Report on lock hospitals in British Burma
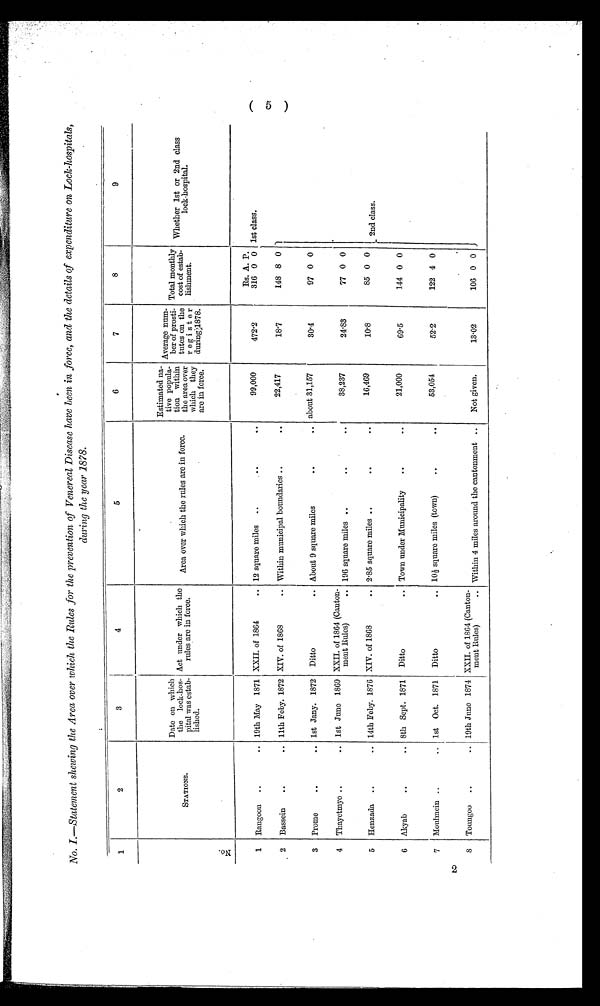
No. I.—Statement shewing the Area over which the Rules for the prevention of Venereal Disease have been in force, and the details of expenditure on Lock-hospitals,
during the year 1878.
1
2
3
4
5
6
7
8
9
No.
STATIONS.
Date on which
the lock-hos-
pital was estab-
lished.
Act under which the
rules are in force.
Area over which the rules are in force.
Estimated na-
tive popula-
tion within
the area over
which they
are in force.
Average num-
ber of prosti-
tutes on the
regi ster
during 1878.
Total monthly
cost of estab-
lishment.
Whether 1st or 2nd class
lock-hospital.
1 Rangoon ..
.. 19th May 1871 XXII. of 1864
.. 12 square miles ..
. .
99,000
472.2
Rs. A. P.
316 0 0 1st class.
2 Bassein
..
.. 11th Feby. 1872 XIV. of 1868
.. Within municipal boundaries ..
. .
22,417
18.7
148 8 0
3 Prome . .
.. 1st Jany. 1872 Ditto
.. About 9 square miles
..
. . about 31,157
30.4
97 0 0
4 Thayetmyo ..
.. 1st June 1869 XXII. of 1864 (Canton-
ment Rules)
.. 196 square miles ..
..
. .
38,237
24.83
77 0 0
5 Henzada ..
.. 14th Feby. 1876 XIV. of 1868
.. 2.85 square miles ..
..
. .
16,469
10.8
85 0 0
2nd class.
6 Akyab
..
.. 8th Sept. 1871 Ditto
.. Town under Municipality
..
. .
21,000
69.5
144 0 0
7 Moulmein ..
.. 1st Oct. 1871 Ditto
.. 10 1/2 square miles (town) ..
. .
53,054
52.2
122 4 0
8 Toungoo ..
.. 19th June 1874 XXII. of 1864 (Canton-
ment Rules)
.. Within 4 miles around the cantonment ..
Not given.
13.02
106 0 0